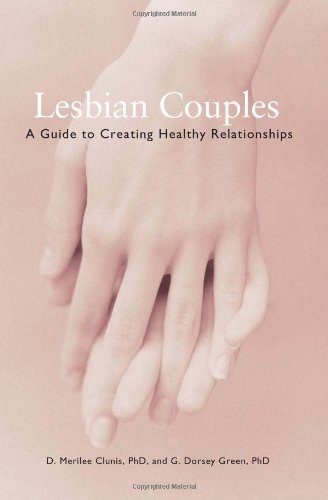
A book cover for Lesbian Couples: A Guide to Creating Healthy Relationships; Ph.D. D.Merilee Clunis; Parenting & Relationships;